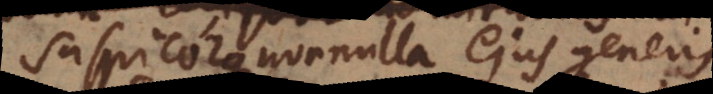
extant nonnulla ejus generis